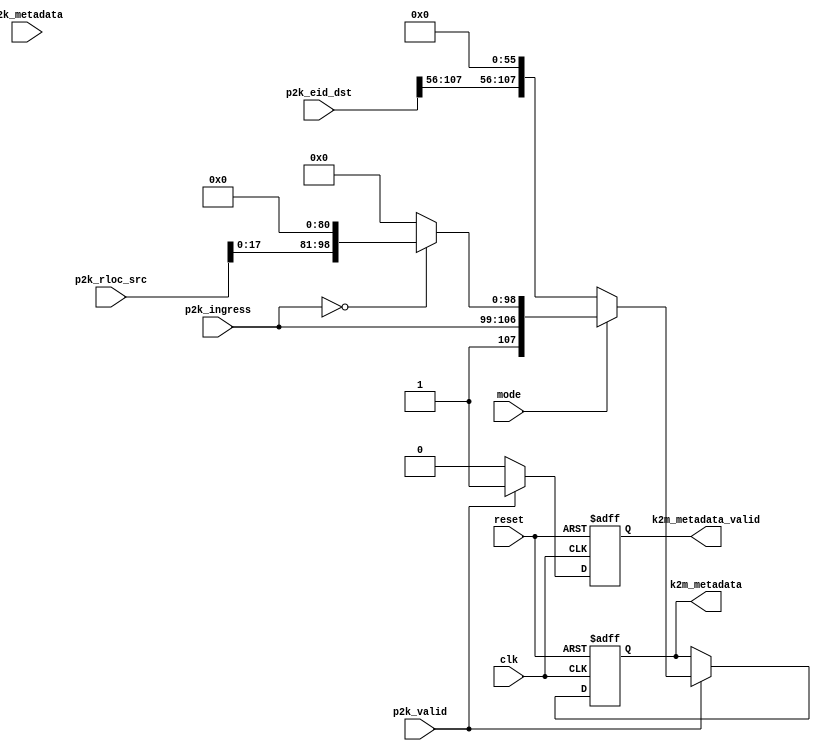
module key_gen(
clk,
reset,
p2k_valid,
p2k_ingress,
p2k_rloc_src,
p2k_eid_dst,
p2k_metadata,

mode, //1 ceng die wang ;

k2m_metadata_valid,
k2m_metadata
);


input clk;
input reset;
input p2k_valid;
input [7:0]   p2k_ingress;
input [127:0] p2k_rloc_src;
input [127:0] p2k_eid_dst;
input [7:0]   p2k_metadata;//useless

input mode;

output  k2m_metadata_valid;
output  [107:0] k2m_metadata;


reg k2m_metadata_valid;
reg [107:0] k2m_metadata;

//reg [127:0] rloc_src;
//reg [127:0] eid_dst;
//--state--//
//reg [3:0] key_state;





//-------------------key_gen_state-------------------//
always @ (posedge clk or negedge reset)
begin
    if(!reset)
      begin
          k2m_metadata_valid <= 1'b0;
			    k2m_metadata <= 108'b0;
      end
    else
      begin
        if(p2k_valid == 1'b1)
			   begin
				  if(mode == 1'b1)//ceng die wang 
					 begin
					     if(p2k_ingress == 8'b0) k2m_metadata <= {mode,p2k_ingress,p2k_rloc_src[17:0],81'b0};
					     else k2m_metadata <= {mode,p2k_ingress,18'b0,81'b0};
					     k2m_metadata_valid <= 1'b1;
					 end
				  else//shi wang
					 begin
						k2m_metadata_valid <= 1'b1;
						k2m_metadata <= {mode,p2k_ingress,p2k_eid_dst[127:56],56'b0};
					 end
			   end
		    else k2m_metadata_valid <= 1'b0;
      end
end


















endmodule